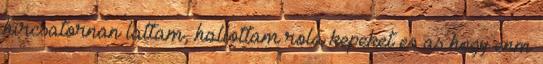
hircsatornan lattam, hallottam rola kepeket es as hogy enm